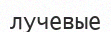
лучевые